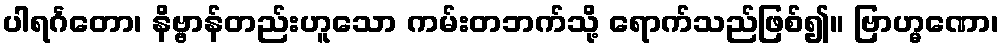
ပါရင်္ဂတော၊ နိဗ္ဗာန်တည်းဟူသော ကမ်းတဘက်သို့ ရောက်သည်ဖြစ်၍။ ဗြာဟ္မဏော၊